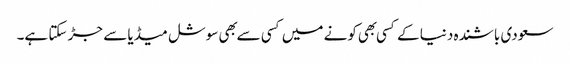
سعودی باشنده دنیا کے کسی بهی کونے میں کسی سے بهی سوشل میڈیا سے جڑ سکتا ہے۔